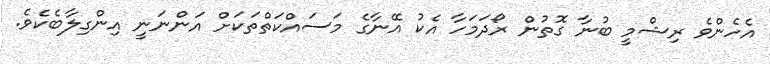
އެހެންވެ ރިޝްމީ ބުނާ ގޮތުން ރޯދަމަހާ އެކު އޭނާގެ މަސައްކަތްތަކަށް އަންނަނީ އިންގިލާބެކެވެ.